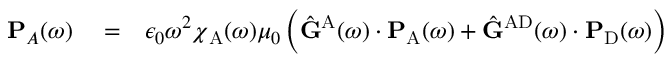
\begin{array} { r l r } { \mathbf { P } _ { A } ( \omega ) } & { { } = } & { \epsilon _ { 0 } \omega ^ { 2 } { \boldsymbol { \chi } } _ { \mathrm { A } } ( \omega ) \mu _ { 0 } \left( \hat { \mathbf { G } } ^ { \mathrm { A } } ( \omega ) \cdot \mathbf { P } _ { \mathrm { A } } ( \omega ) + \hat { \mathbf { G } } ^ { \mathrm { A D } } ( \omega ) \cdot \mathbf { P } _ { \mathrm { D } } ( \omega ) \right) } \end{array}